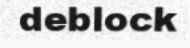
deblock